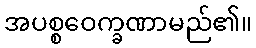
အပစ္စဝေက္ခဏာမည်၏။